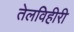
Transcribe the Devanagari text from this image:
तेलविहीरी